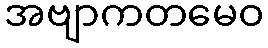
အဗျာကတမေဝ